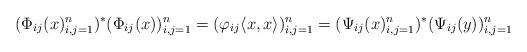
LaTeX: \begin{gather*}(\Phi_{ij}(x)_{i,j=1}^{n})^{*}(\Phi_{ij}(x))_{i,j=1}^{n}=(\varphi_{ij}\langle x,x\rangle)_{i,j=1}^{n}=(\Psi_{ij}(x)_{i,j=1}^{n})^{*}(\Psi_{ij}(y))_{i,j=1}^{n}\end{gather*}